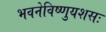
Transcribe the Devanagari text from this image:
भवनेविष्णुयशसः